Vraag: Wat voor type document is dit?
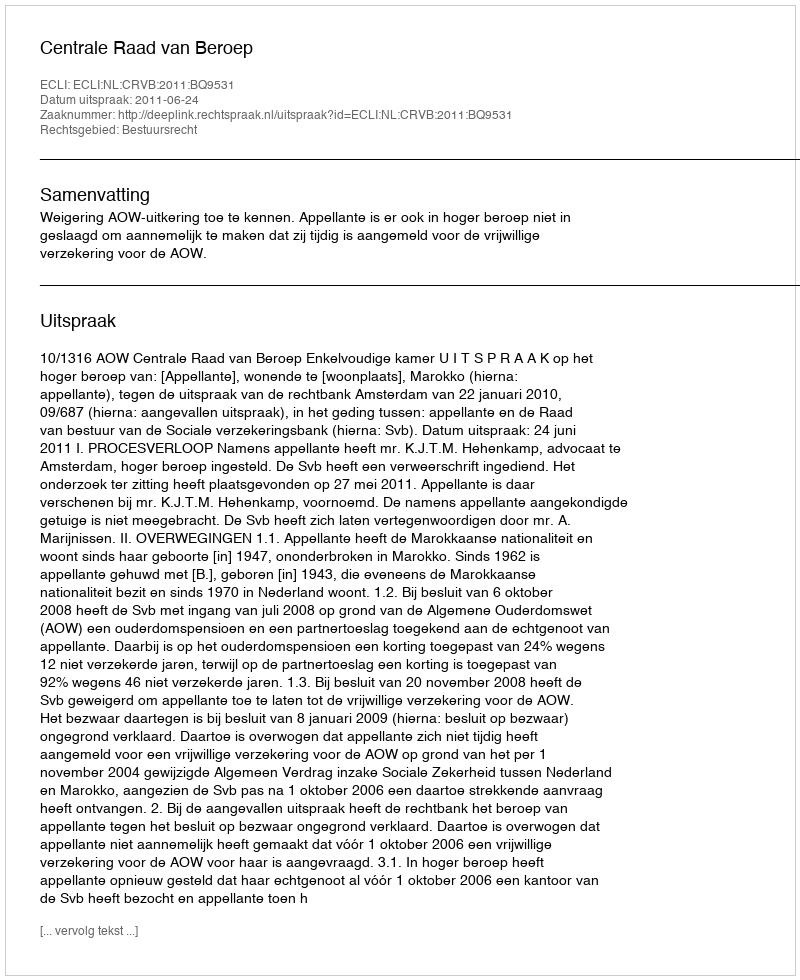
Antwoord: Uitspraak